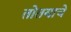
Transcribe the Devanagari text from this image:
तोतयाचे